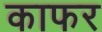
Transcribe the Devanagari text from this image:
काफर